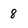
Character: 8